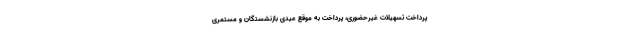
پرداخت تسهیلات غیرحضوری، پرداخت به موقع عیدی بازنشستگان و مستمری